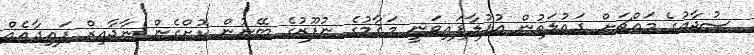
ސުޖާއުގެ މައްޗަށް ދައުލަތުން އުފުލާފައިވަނީ މަޤާމުގެ ނުފޫޒުގެ ބޭނުން ކޮށްގެން ނާޖާއިޒް ފައިދާއެއް